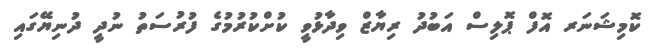
ކޮމިޝަނަރ އޮފް ޕޮލިސް އަބުދު ރިޔާޒް ވިދާޅުވީ ކުށްކުރުމުގެ ފުރުސަތު ނުދީ ދުނިޔޭގައި